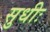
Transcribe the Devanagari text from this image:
सुधीः